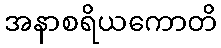
အနာစရိယကောတိ